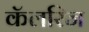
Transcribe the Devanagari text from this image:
कॅलरिज